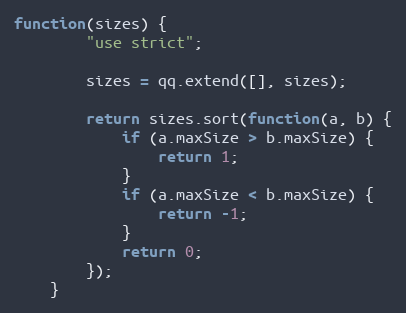
Language: JavaScript
function(sizes) {
        "use strict";

        sizes = qq.extend([], sizes);

        return sizes.sort(function(a, b) {
            if (a.maxSize > b.maxSize) {
                return 1;
            }
            if (a.maxSize < b.maxSize) {
                return -1;
            }
            return 0;
        });
    }